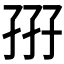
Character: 𡥦